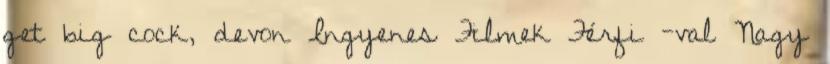
get big cock, devon Ingyenes Filmek Férfi -val Nagy